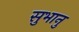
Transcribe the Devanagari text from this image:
सुभानु